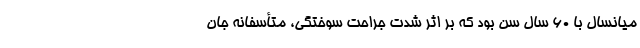
میانسال با ۶۰ سال سن بود که بر اثر شدت جراحت سوختگی، متأسفانه جان